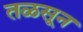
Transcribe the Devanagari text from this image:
तळसून